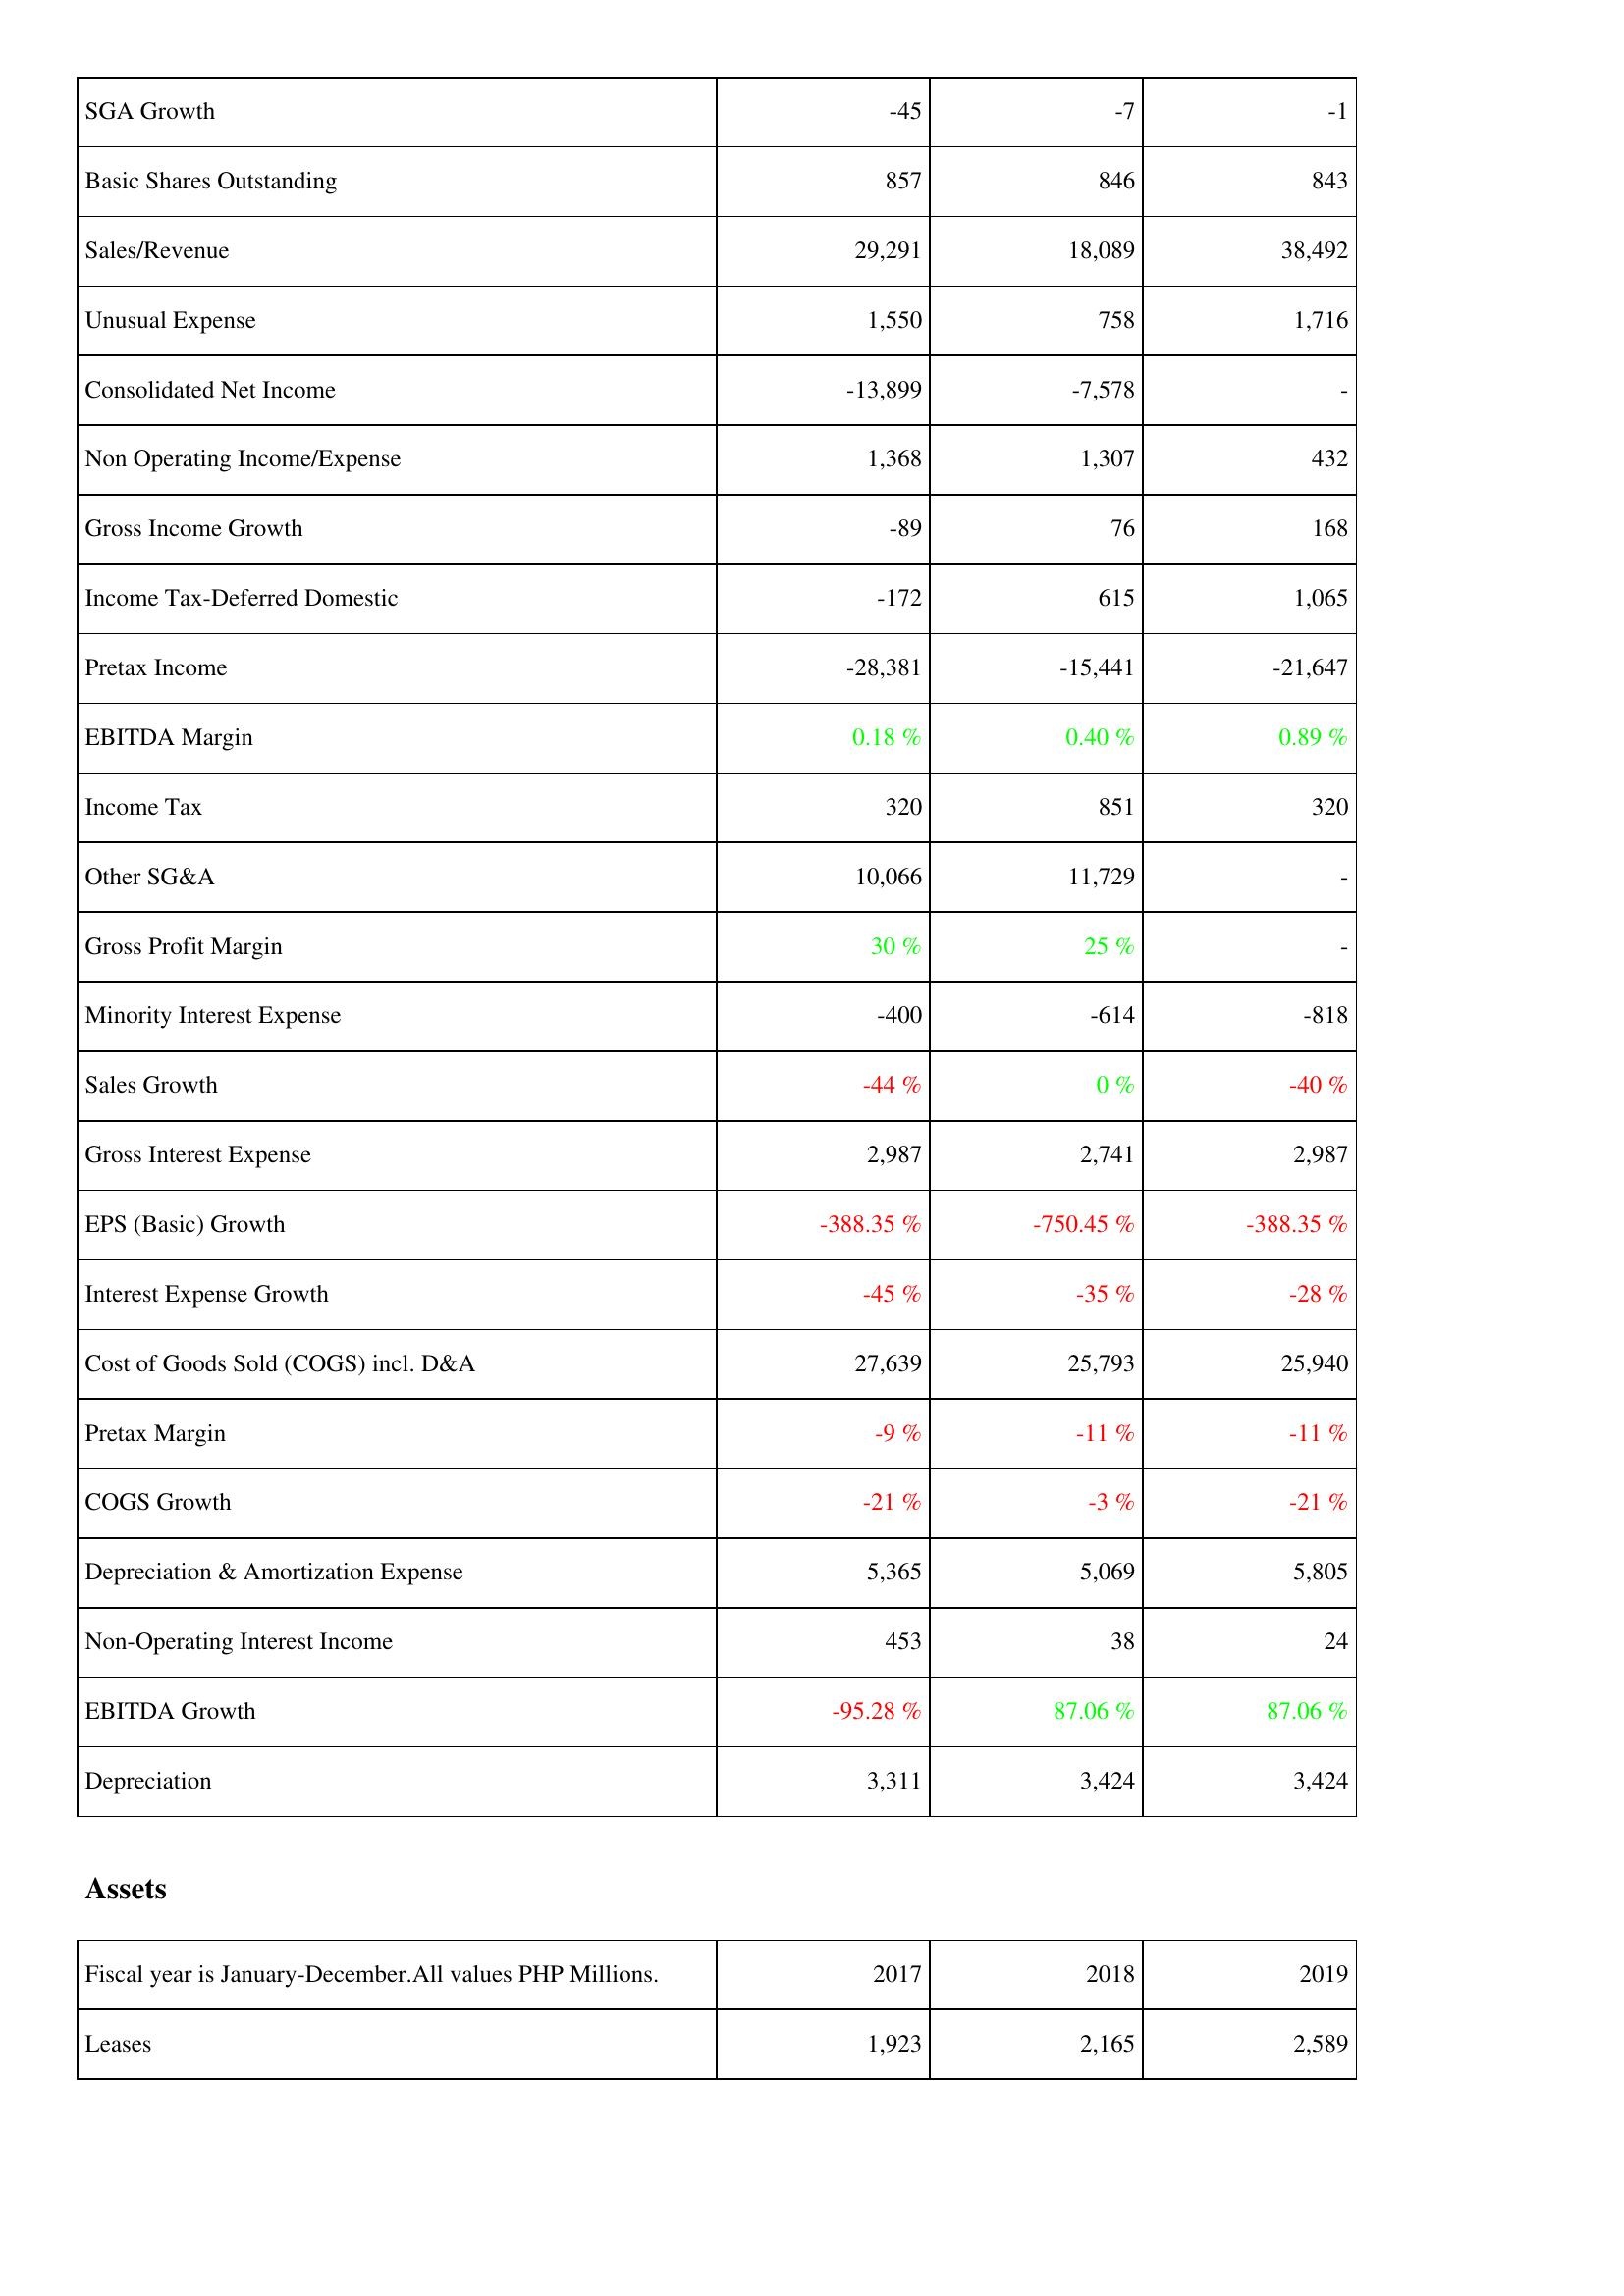
2017: Income Statement: SGA Growth: -45
Basic Shares Outstanding: 857
Sales/Revenue: 29,291
Unusual Expense: 1,550
Consolidated Net Income: -13,899
Non Operating Income/Expense: 1,368
Gross Income Growth: -89
Income Tax-Deferred Domestic: -172
Pretax Income: -28,381
EBITDA Margin: 0.18 %
Income Tax: 320
Other SG&A: 10,066
Gross Profit Margin: 30 %
Minority Interest Expense: -400
Sales Growth: -44 %
Gross Interest Expense: 2,987
EPS (Basic) Growth: -388.35 %
Interest Expense Growth: -45 %
Cost of Goods Sold (COGS) incl. D&A: 27,639
Pretax Margin: -9 %
COGS Growth: -21 %
Depreciation & Amortization Expense: 5,365
Non-Operating Interest Income: 453
EBITDA Growth: -95.28 %
Depreciation: 3,311
Assets: Leases: 1,923
2018: Income Statement: SGA Growth: -7
Basic Shares Outstanding: 846
Sales/Revenue: 18,089
Unusual Expense: 758
Consolidated Net Income: -7,578
Non Operating Income/Expense: 1,307
Gross Income Growth: 76
Income Tax-Deferred Domestic: 615
Pretax Income: -15,441
EBITDA Margin: 0.40 %
Income Tax: 851
Other SG&A: 11,729
Gross Profit Margin: 25 %
Minority Interest Expense: -614
Sales Growth: 0 %
Gross Interest Expense: 2,741
EPS (Basic) Growth: -750.45 %
Interest Expense Growth: -35 %
Cost of Goods Sold (COGS) incl. D&A: 25,793
Pretax Margin: -11 %
COGS Growth: -3 %
Depreciation & Amortization Expense: 5,069
Non-Operating Interest Income: 38
EBITDA Growth: 87.06 %
Depreciation: 3,424
Assets: Leases: 2,165
2019: Income Statement: SGA Growth: -1
Basic Shares Outstanding: 843
Sales/Revenue: 38,492
Unusual Expense: 1,716
Consolidated Net Income: -
Non Operating Income/Expense: 432
Gross Income Growth: 168
Income Tax-Deferred Domestic: 1,065
Pretax Income: -21,647
EBITDA Margin: 0.89 %
Income Tax: 320
Other SG&A: -
Gross Profit Margin: -
Minority Interest Expense: -818
Sales Growth: -40 %
Gross Interest Expense: 2,987
EPS (Basic) Growth: -388.35 %
Interest Expense Growth: -28 %
Cost of Goods Sold (COGS) incl. D&A: 25,940
Pretax Margin: -11 %
COGS Growth: -21 %
Depreciation & Amortization Expense: 5,805
Non-Operating Interest Income: 24
EBITDA Growth: 87.06 %
Depreciation: 3,424
Assets: Leases: 2,589